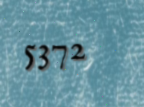
5372